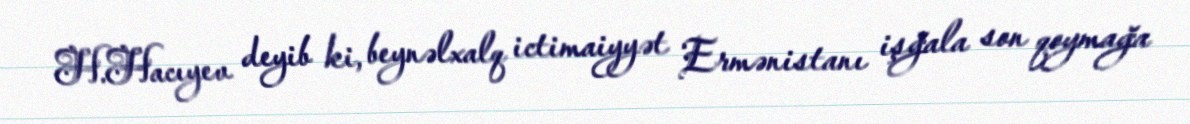
H.Hacıyev deyib ki, beynəlxalq ictimaiyyət Ermənistanı işğala son qoymağa